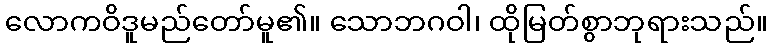
လောကဝိဒူမည်တော်မူ၏။ သောဘဂဝါ၊ ထိုမြတ်စွာဘုရားသည်။